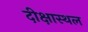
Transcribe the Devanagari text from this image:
दीक्षास्थल